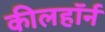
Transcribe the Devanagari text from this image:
कीलहॉर्न